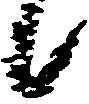
候